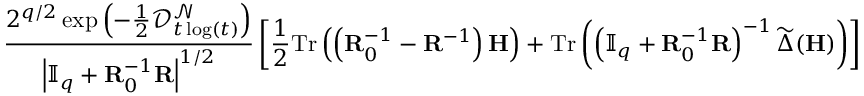
\frac { 2 ^ { q / 2 } \exp \left( - \frac { 1 } { 2 } \mathcal { D } _ { t \log ( t ) } ^ { \mathcal { N } } \right) } { \left| \mathbb { I } _ { q } + \mathbf { R } _ { 0 } ^ { - 1 } \mathbf { R } \right| ^ { 1 / 2 } } \left[ \frac { 1 } { 2 } \mathrm { T r } \left( \left( \mathbf { R } _ { 0 } ^ { - 1 } - \mathbf { R } ^ { - 1 } \right) \mathbf { H } \right) + \mathrm { T r } \left( \left( \mathbb { I } _ { q } + \mathbf { R } _ { 0 } ^ { - 1 } \mathbf { R } \right) ^ { - 1 } \widetilde { \boldsymbol { \Delta } } ( \mathbf { H } ) \right) \right]